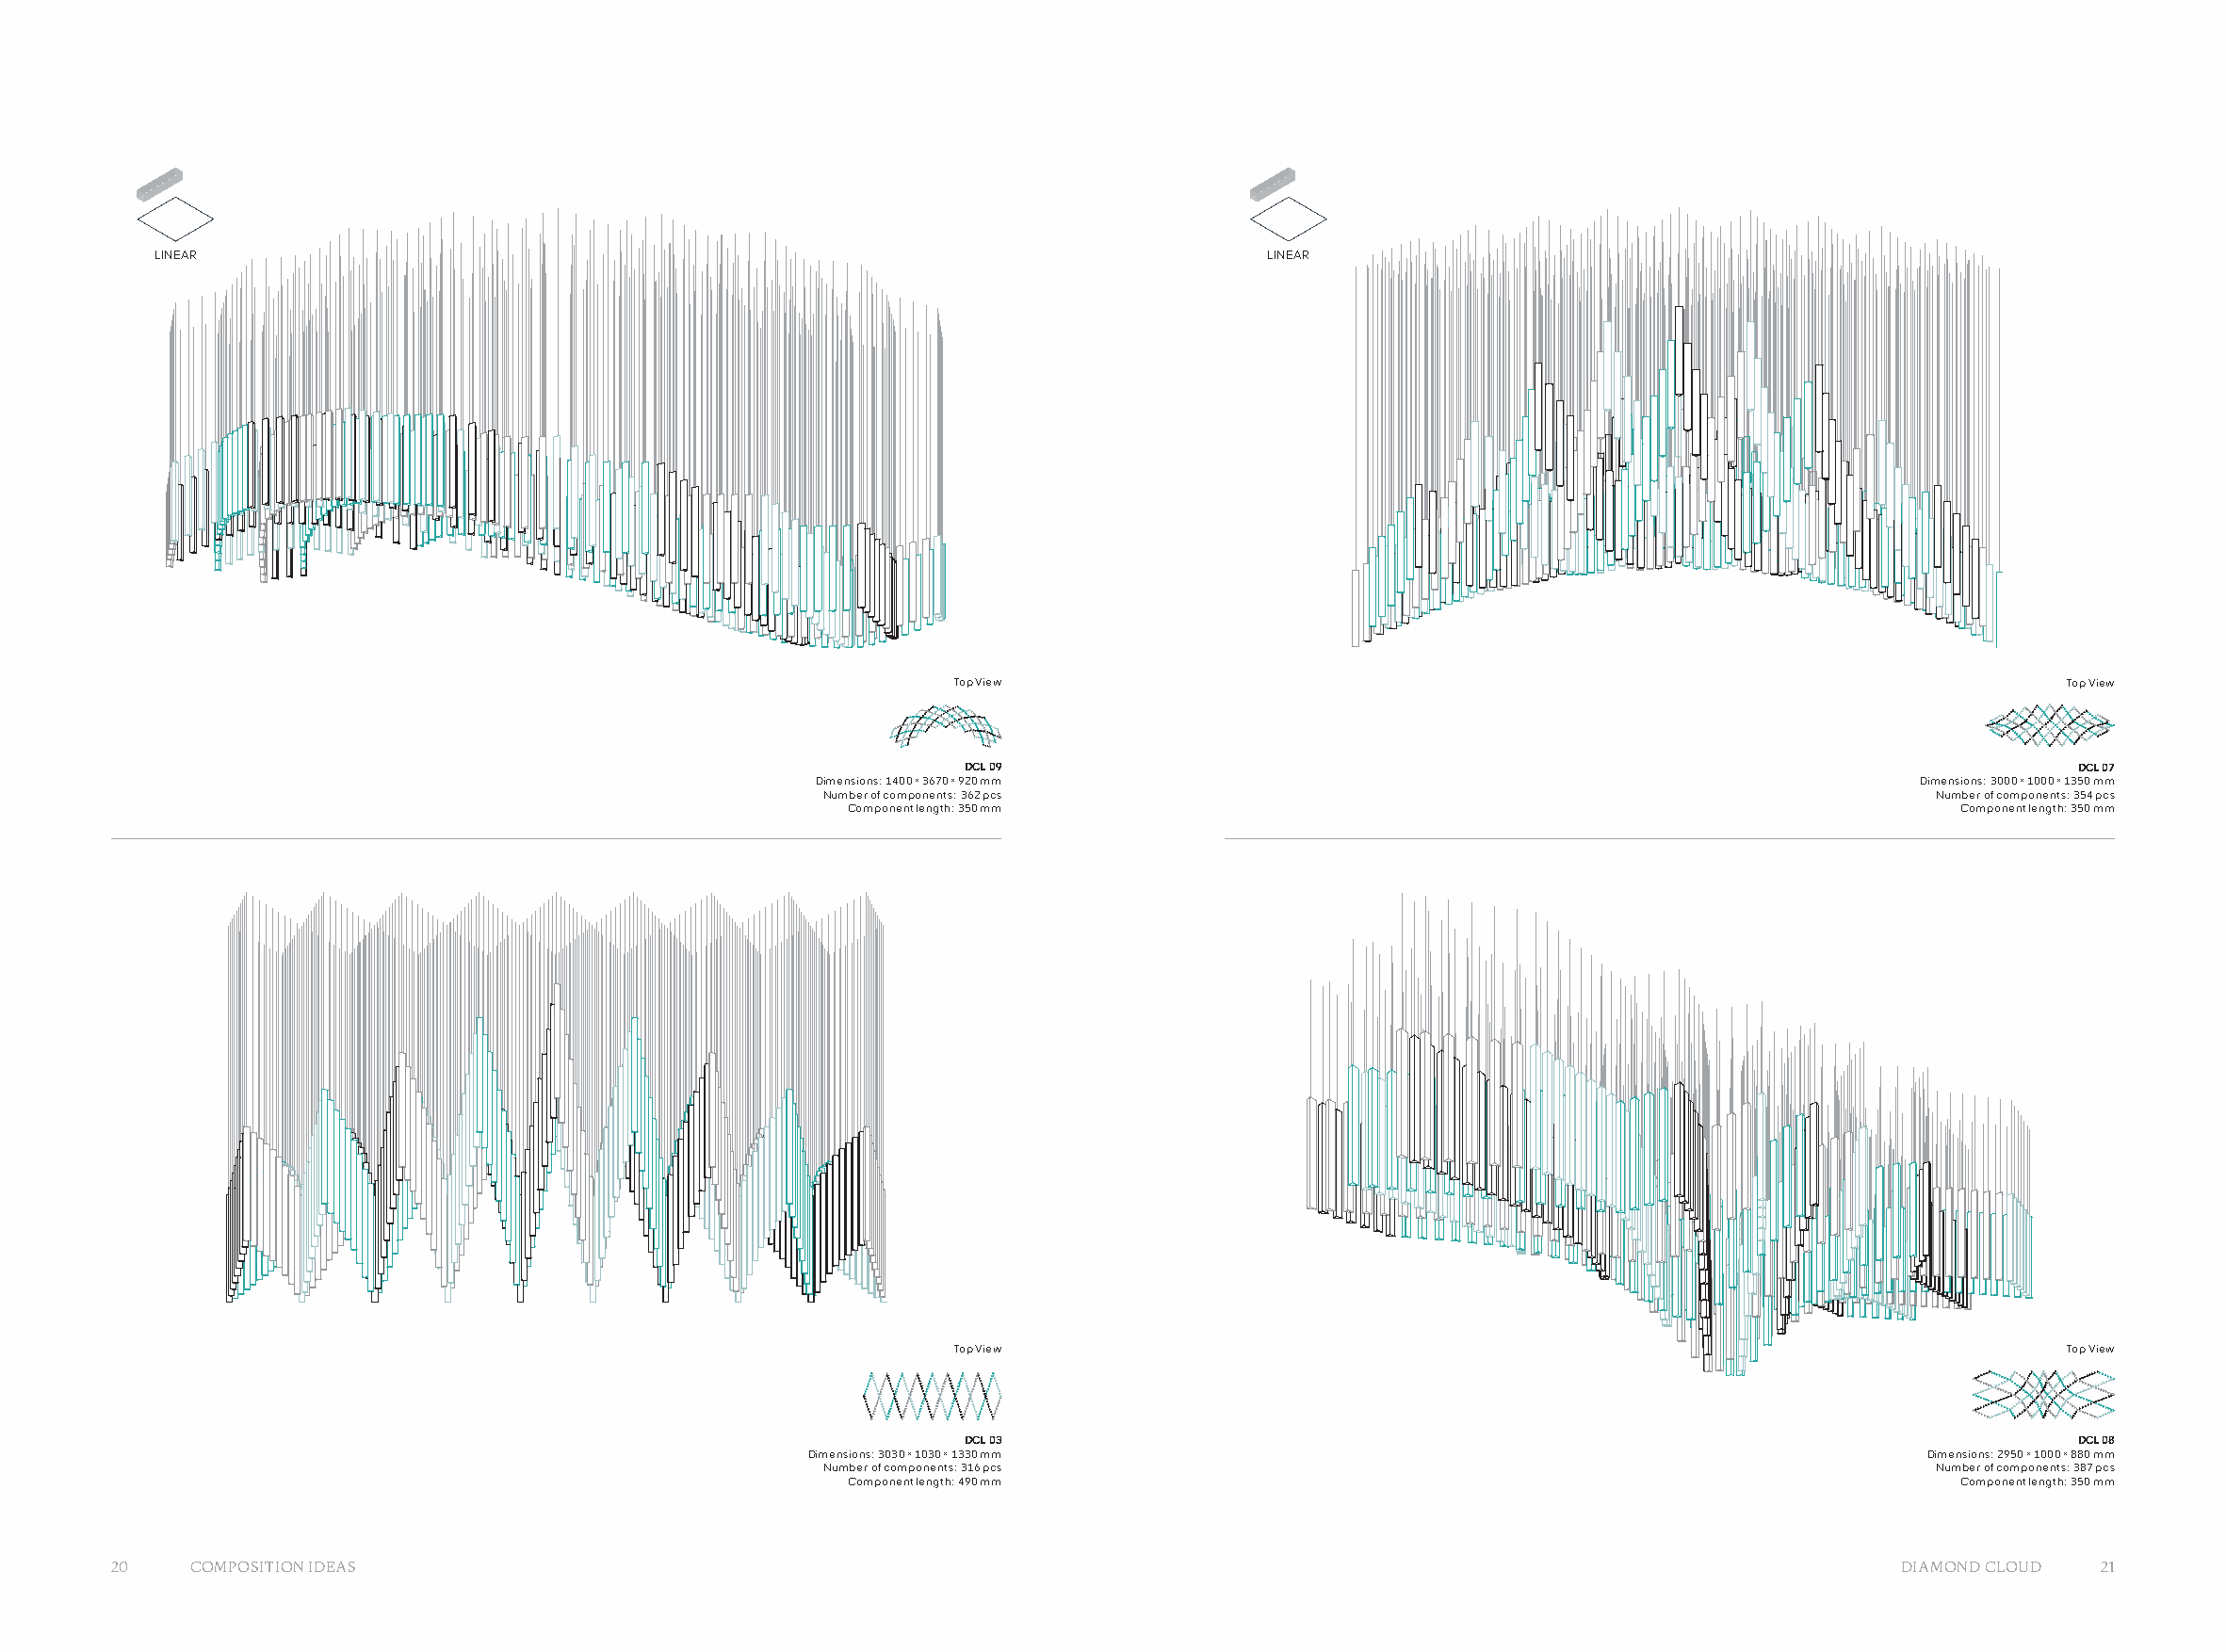
LINEAR                                                                        LINEAR
 Top View                                                                      Top View
 DCL 09                                                                        DCL 07
 Dimensions: 1400 × 3670 × 920 mm                                              Dimensions: 3000 × 1000 × 1350 mm
 Number of components: 362 pcs                                                 Number of components: 354 pcs
 Component length: 350 mm                                                      Component length: 350 mm
 Top View                                                                      Top View
 DCL 03                                                                        DCL 08
 Dimensions: 3030 × 1030 × 1330 mm                                             Dimensions: 2950 × 1000 × 880 mm
 Number of components: 316 pcs                                                 Number of components: 387 pcs
 Component length: 490 mm                                                      Component length: 350 mm
 20   COMPOSITION IDEAS                                                                                                        DIAMOND CLOUD 21